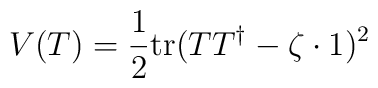
V(T)=\frac12\mbox{tr}(TT^\dagger-\zeta\cdot 1)^2